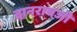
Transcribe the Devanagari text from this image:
दानरायजी